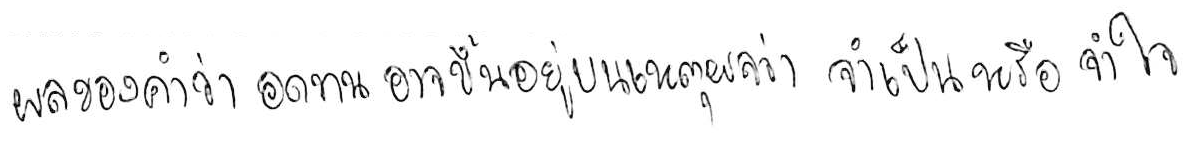
ผลของคำว่า อดทน อาจขึ้นอยู่บนเหตุผลว่า จำเป็น หรือ จำใจ